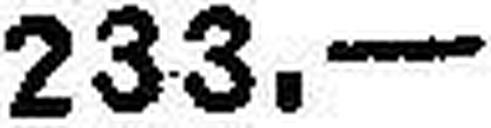
233.—